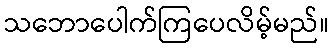
သဘောပေါက်ကြပေလိမ့်မည်။